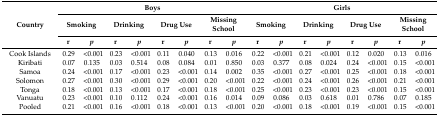
<table><thead><tr><td rowspan="3"><b>Country</b></td><td colspan="8"><b>Boys</b></td><td colspan="8"><b>Girls</b></td></tr><tr><td colspan="2"><b>Smoking</b></td><td colspan="2"><b>Drinking</b></td><td colspan="2"><b>Drug Use</b></td><td colspan="2"><b>Missing School</b></td><td colspan="2"><b>Smoking</b></td><td colspan="2"><b>Drinking</b></td><td colspan="2"><b>Drug Use</b></td><td colspan="2"><b>Missing School</b></td></tr><tr><td><b>r</b></td><td><b><i>p</i></b></td><td><b>r</b></td><td><b><i>p</i></b></td><td><b>r</b></td><td><b><i>p</i></b></td><td><b>r</b></td><td><b><i>p</i></b></td><td><b>r</b></td><td><b><i>p</i></b></td><td><b>r</b></td><td><b><i>p</i></b></td><td><b>r</b></td><td><b><i>p</i></b></td><td><b>r</b></td><td><b><i>p</i></b></td></tr></thead><tbody><tr><td>Cook Islands</td><td>0.29</td><td>&lt;0.001</td><td>0.23</td><td>&lt;0.001</td><td>0.11</td><td>0.040</td><td>0.13</td><td>0.016</td><td>0.22</td><td>&lt;0.001</td><td>0.21</td><td>&lt;0.001</td><td>0.12</td><td>0.020</td><td>0.13</td><td>0.016</td></tr><tr><td>Kiribati</td><td>0.07</td><td>0.135</td><td>0.03</td><td>0.514</td><td>0.08</td><td>0.084</td><td>0.01</td><td>0.850</td><td>0.03</td><td>0.377</td><td>0.08</td><td>0.024</td><td>0.24</td><td>&lt;0.001</td><td>0.15</td><td>&lt;0.001</td></tr><tr><td>Samoa</td><td>0.24</td><td>&lt;0.001</td><td>0.17</td><td>&lt;0.001</td><td>0.23</td><td>&lt;0.001</td><td>0.14</td><td>0.002</td><td>0.35</td><td>&lt;0.001</td><td>0.27</td><td>&lt;0.001</td><td>0.25</td><td>&lt;0.001</td><td>0.18</td><td>&lt;0.001</td></tr><tr><td>Solomon</td><td>0.27</td><td>&lt;0.001</td><td>0.30</td><td>&lt;0.001</td><td>0.29</td><td>&lt;0.001</td><td>0.20</td><td>&lt;0.001</td><td>0.22</td><td>&lt;0.001</td><td>0.24</td><td>&lt;0.001</td><td>0.26</td><td>&lt;0.001</td><td>0.21</td><td>&lt;0.001</td></tr><tr><td>Tonga</td><td>0.18</td><td>&lt;0.001</td><td>0.13</td><td>&lt;0.001</td><td>0.17</td><td>&lt;0.001</td><td>0.18</td><td>&lt;0.001</td><td>0.25</td><td>&lt;0.001</td><td>0.23</td><td>&lt;0.001</td><td>0.23</td><td>&lt;0.001</td><td>0.15</td><td>&lt;0.001</td></tr><tr><td>Vanuatu</td><td>0.23</td><td>&lt;0.001</td><td>0.10</td><td>0.112</td><td>0.24</td><td>&lt;0.001</td><td>0.16</td><td>0.014</td><td>0.09</td><td>0.086</td><td>0.03</td><td>0.618</td><td>0.01</td><td>0.786</td><td>0.07</td><td>0.185</td></tr><tr><td>Pooled</td><td>0.21</td><td>&lt;0.001</td><td>0.16</td><td>&lt;0.001</td><td>0.18</td><td>&lt;0.001</td><td>0.13</td><td>&lt;0.001</td><td>0.20</td><td>&lt;0.001</td><td>0.18</td><td>&lt;0.001</td><td>0.19</td><td>&lt;0.001</td><td>0.15</td><td>&lt;0.001</td></tr></tbody></table>